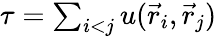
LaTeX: \begin{array}{r}{\tau=\sum_{i<j}u(\vec{r}_{i},\vec{r}_{j})}\end{array}